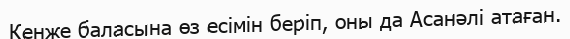
Кенже баласына өз есімін беріп, оны да Асанәлі атаған.